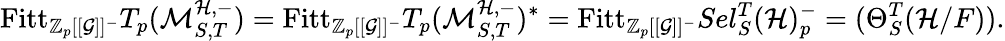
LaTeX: \mathrm{Fitt}_{\mathbb Z_{p}[[\mathcal G]]^{-}}T_{p}(\mathcal M_{S,T}^{\mathcal{H},-})=\mathrm{Fitt}_{\mathbb Z_{p}[[\mathcal G]]^{-}}T_{p}(\mathcal M_{S,T}^{\mathcal{H},-})^{\ast}=\mathrm{Fitt}_{\mathbb Z_{p}[[\mathcal G]]^{-}}Sel_{S}^{T}(\mathcal{H})_{p}^{-}=(\Theta_{S}^{T}(\mathcal{H}/F)).